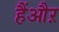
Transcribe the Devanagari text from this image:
हैंऔऱ